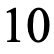
10